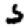
Digit: 5